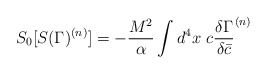
\begin{align*}S_0 [S(\Gamma)^{(n)}]= -{M^2 \over \alpha} \int d^4 x~ c{\delta {\Gamma} \over \delta \bar c}^{(n)}\end{align*}